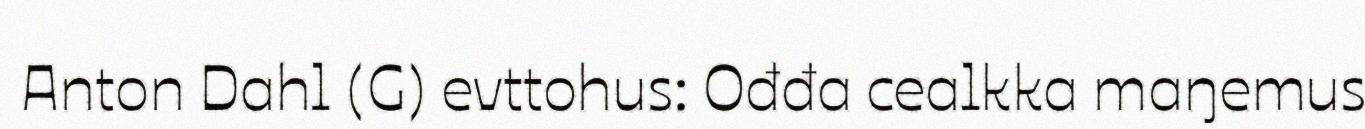
Anton Dahl (G) evttohus: Ođđa cealkka maŋemus